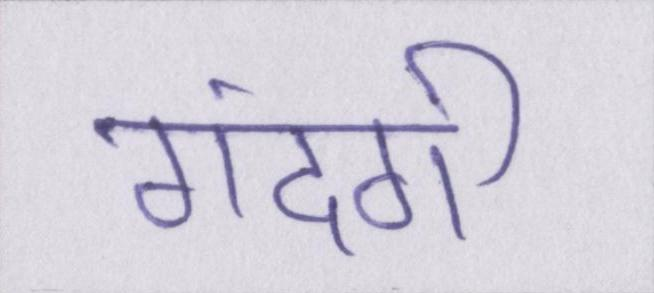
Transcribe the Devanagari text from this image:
गंदगी